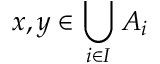
x , y \in \bigcup _ { i \in I } A _ { i }